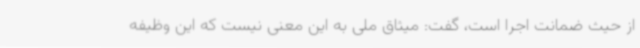
از حیث ضمانت اجرا است، گفت: میثاق ملی به این معنی نیست که این وظیفه